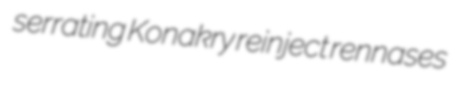
serrating Konakry reinject rennases